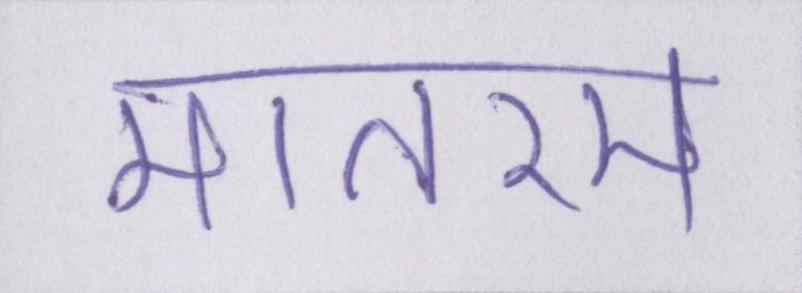
मातरम